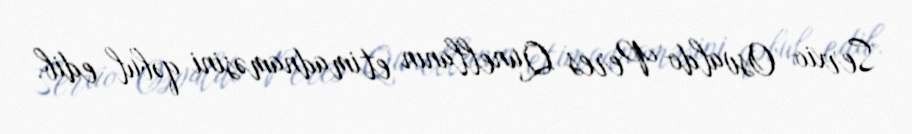
Serxio Osvaldo Peres Qunellanın etimadnaməsini qəbul edib.